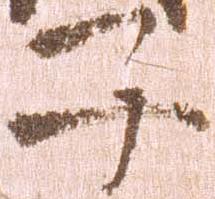
子